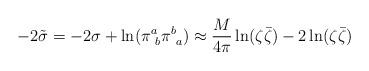
LaTeX: \begin{align*}-2 \tilde \sigma = -2\sigma + \ln(\pi^a_{~b}\pi^b_{~a}) \approx\frac{M}{4\pi} \ln(\zeta\bar\zeta) - 2 \ln(\zeta\bar\zeta)\end{align*}